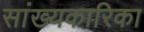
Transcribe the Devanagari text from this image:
सांख्‍यकारिका